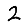
Digit: 2